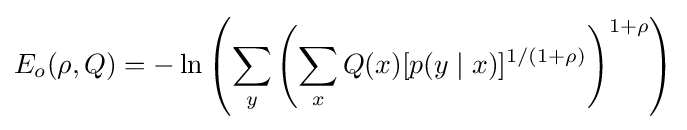
E_{o}(\rho ,Q)=-\ln \left(\sum _{y}\left(\sum _{x}Q(x)[p(y\mid x)]^{1/(1+\rho )}\right)^{1+\rho }\right)